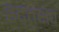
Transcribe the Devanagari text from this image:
हद्तक्षेप